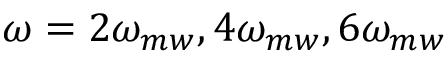
\omega = 2 \omega _ { m w } , 4 \omega _ { m w } , 6 \omega _ { m w }